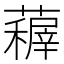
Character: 𮒤